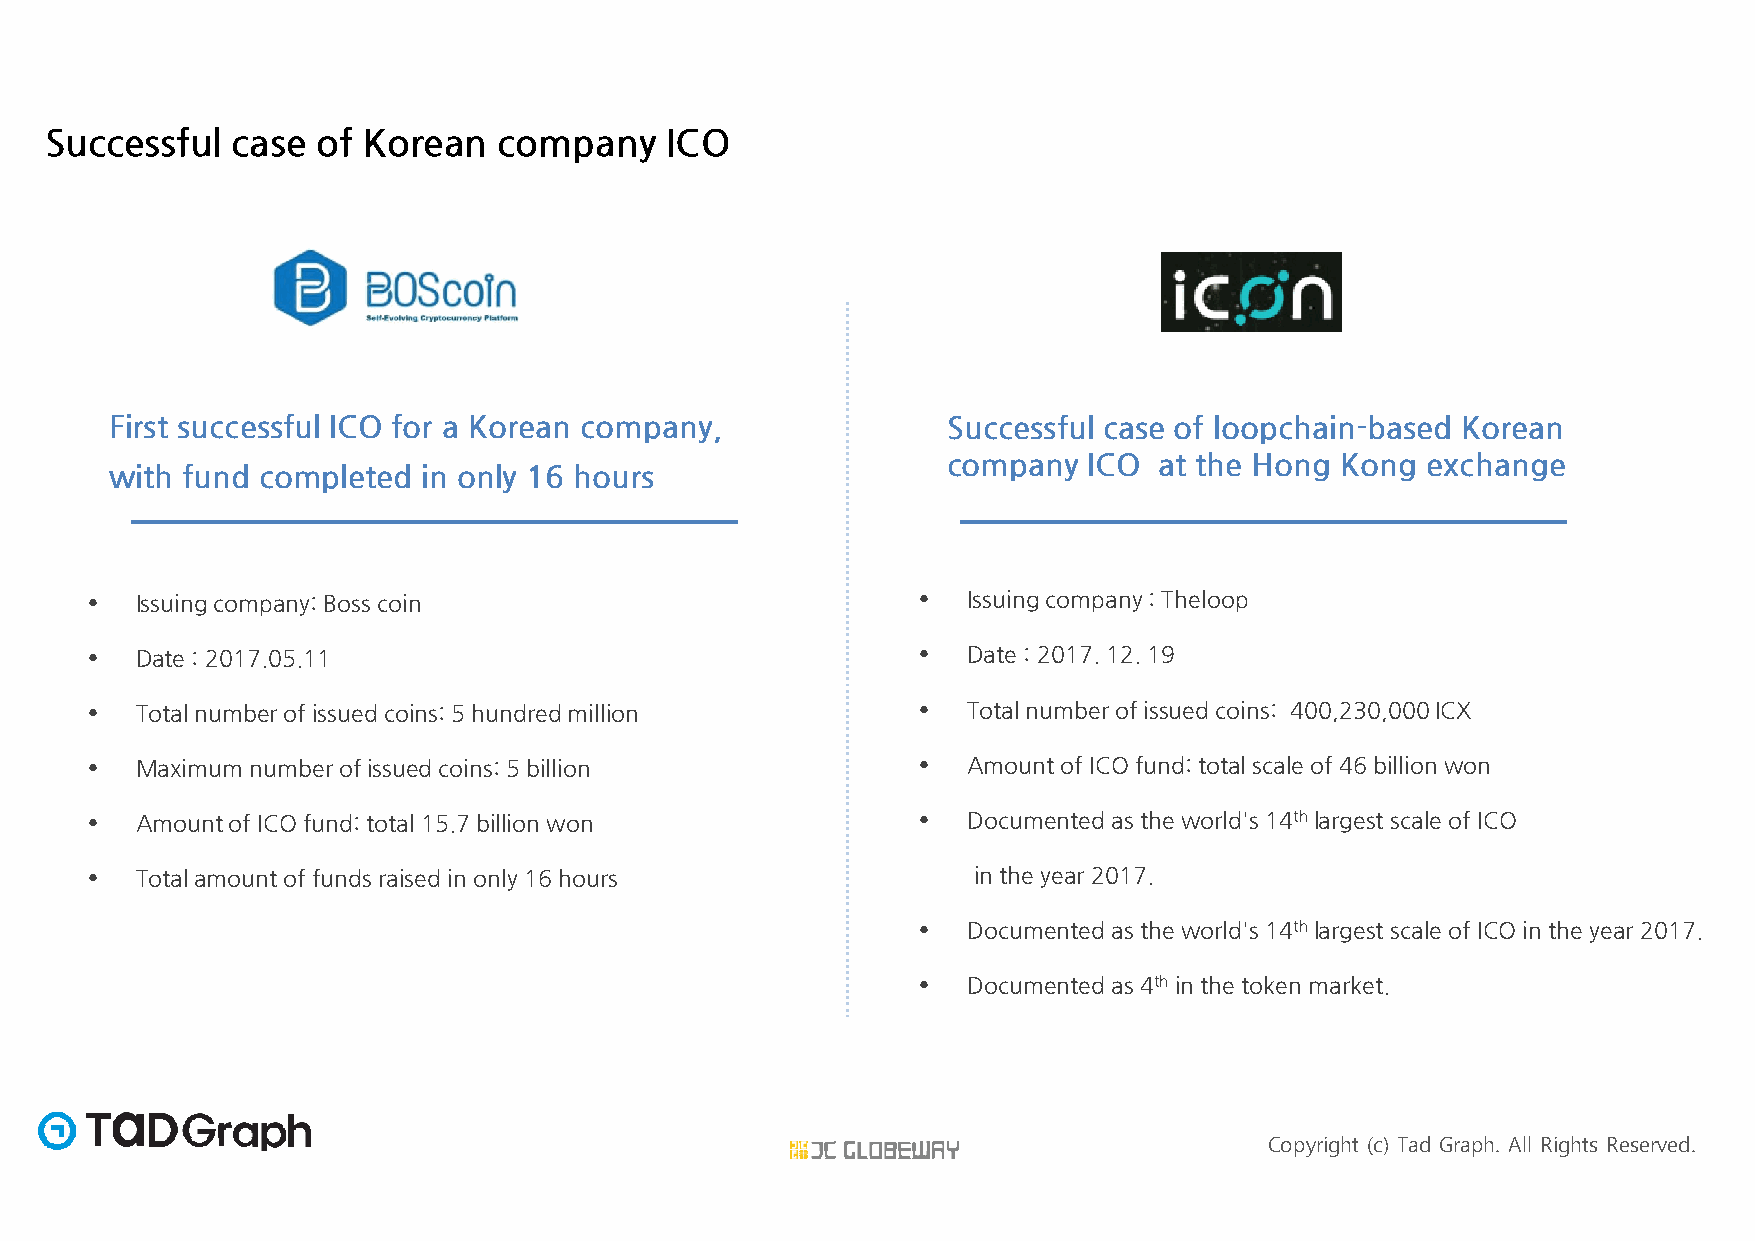
Successful  case  of Korean   company    ICO
 First successful ICO for a Korean company,              Successful case of loopchain-based Korean
 company  ICO  at the Hong Kong exchange
 with fund completed  in only 16 hours
 •  Issuingcompany:Bosscoin                             •  Issuingcompany: Theloop
 •  Date: 2017.05.11                                    •  Date: 2017.12. 19
 •  Totalnumberofissuedcoins:5 hundredmillion           •  Totalnumberofissuedcoins: 400,230,000ICX
 •  Maximumnumberofissuedcoins:5 billion                •  Amountof ICOfund:total scaleof 46billionwon
 •  Amountof ICOfund:total 15.7billionwon               •  Documentedas theworld's 14thlargest scaleof ICO
 •  Totalamountoffundsraised in only16 hours               in the year 2017.
 •  Documentedas theworld's 14thlargest scaleof ICOin the year 2017.
 •  Documentedas 4th in the token market.
 Copyright (c) Tad Graph. All Rights Reserved.